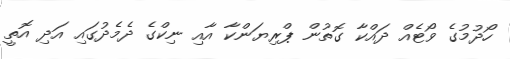
ހޯދުމުގެ ވޯޓެއް ދައްކާ ގޮތުން ޕްރިޔަންކާ އާއި ނިކްގެ ދެމެދުގައި އަދި އޮތީ